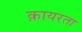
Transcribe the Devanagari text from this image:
क़ायरता